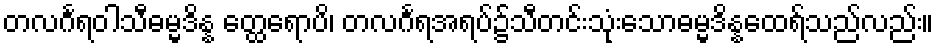
တလင်္ဂရဝါသီဓမ္မဒိန္န တ္ထေရောပိ၊ တလင်္ဂရအရပ်၌သီတင်းသုံးသောဓမ္မဒိန္နထေရ်သည်လည်း။